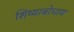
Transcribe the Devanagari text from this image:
शिष्याबोधाय